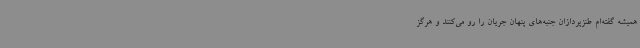
همیشه گفته‌ام طنزپردازان جنبه‌های پنهان جریان را رو می‌کنند و هرگز